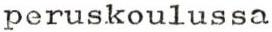
peruskoulussa